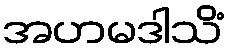
အဟမဒါသိံ